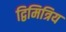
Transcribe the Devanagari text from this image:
द्विमित्रिय